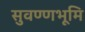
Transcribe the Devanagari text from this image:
सुवण्णभूमि